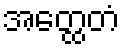
အတ္ထေတံ